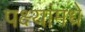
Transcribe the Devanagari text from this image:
पक्ष्यांमधे